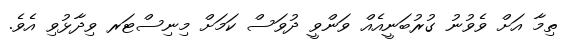
ތިމާ އަށް ވެވުނު ގުރުބަނީއެއް ވަންވީ ދުވަސް ކަމަށް މިނިސްޓަރ ވިދާޅުވި އެވެ.